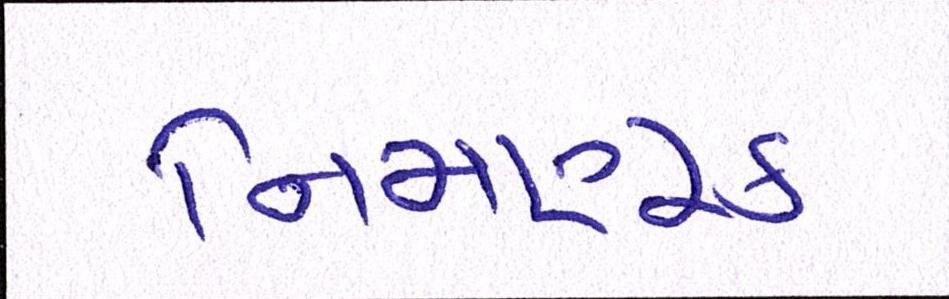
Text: નિમણુક